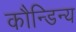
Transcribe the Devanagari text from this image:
कौन्डिन्य